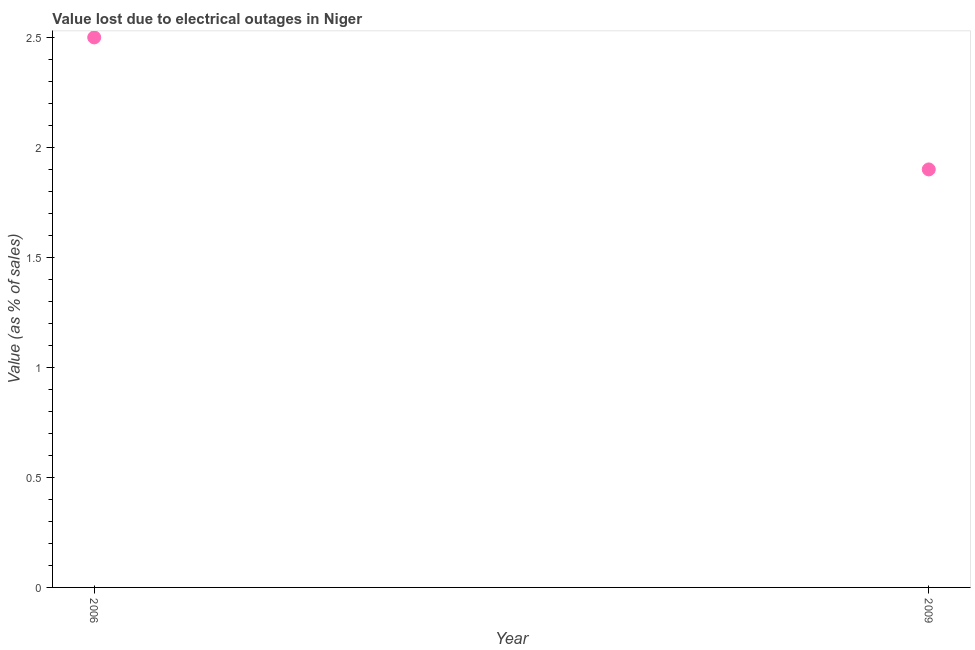
| Year | Value lost due to electrical outages |
 | --- | --- |
 | 2006 | 2.5 |
 | 2009 | 1.9 |